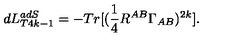
d L _ { T 4 k - 1 } ^ { a d S } = - T r [ ( \frac { 1 } { 4 } R ^ { A B } \Gamma _ { A B } ) ^ { 2 k } ] .